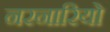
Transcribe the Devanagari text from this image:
नरनारियो